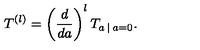
T ^ { ( l ) } = \left( \frac { d } { d a } \right) ^ { l } T _ { a \: | \: a = 0 } .